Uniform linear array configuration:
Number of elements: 8
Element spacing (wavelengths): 0.25
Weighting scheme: uniform
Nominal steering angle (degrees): -15
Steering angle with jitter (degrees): -13.456
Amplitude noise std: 0.05
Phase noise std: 0.05

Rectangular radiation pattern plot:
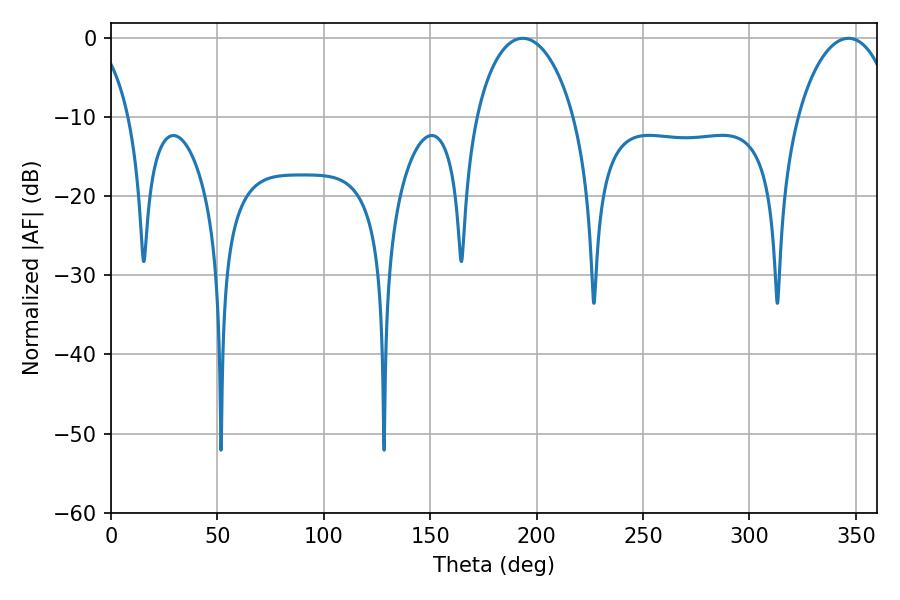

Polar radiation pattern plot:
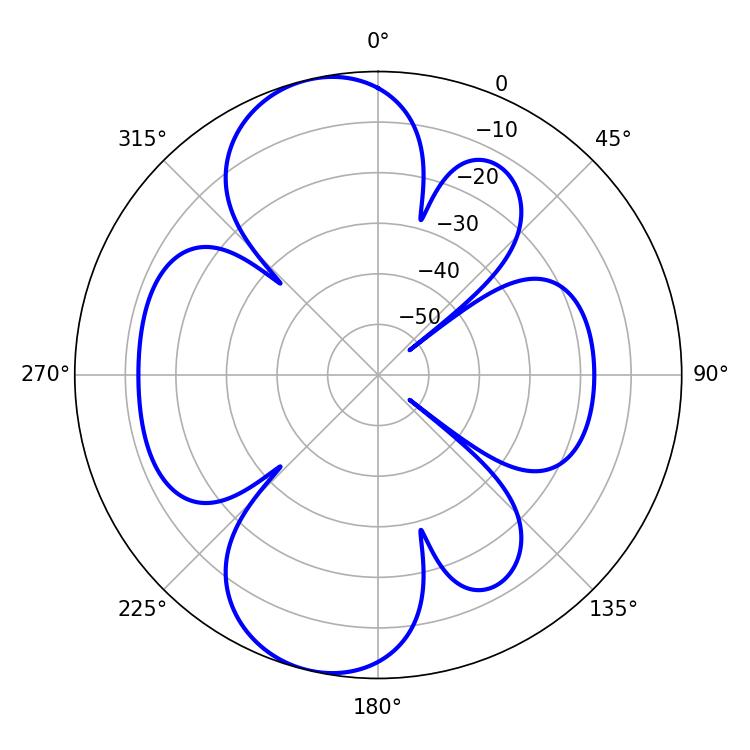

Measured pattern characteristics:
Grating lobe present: FALSE
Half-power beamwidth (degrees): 26.28
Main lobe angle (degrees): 193.5